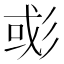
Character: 𢒖